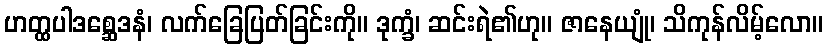
ဟတ္ထပါဒစ္ဆေဒနံ၊ လက်ခြေပြတ်ခြင်းကို။ ဒုက္ခံ၊ ဆင်းရဲ၏ဟု။ ဇာနေယျုံ၊ သိကုန်လိမ့်လော။